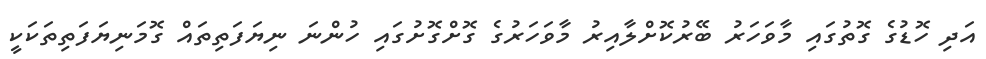
އަދި ހޮޑުގެ ގޮތުގައި މާވަހަރު ބޭރުކޮށްލާއިރު މާވަހަރުގެ ގޮށްގޮށުގައި ހުންނަ ނިޔަފަތިތައް ގޮމަނިޔަފަތިތަކަކީ